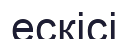
ескісі